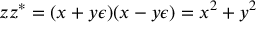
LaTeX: z z ^ { \ast } = ( x + y \epsilon ) ( x - y \epsilon ) = x ^ { 2 } + y ^ { 2 }